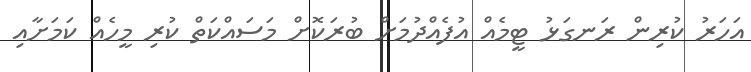
އަހަރު ކުރިން ރަނގަޅު ޓީމެއް އުފެއްދުމަށް ބުރަކޮށް މަސައްކަތް ކުރި މީހެއް ކަމަށާއި